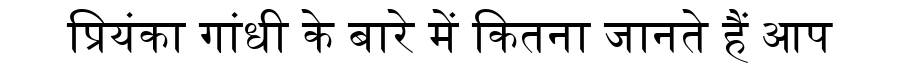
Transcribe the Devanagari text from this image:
प्रियंका गांधी के बारे में कितना जानते हैं आप